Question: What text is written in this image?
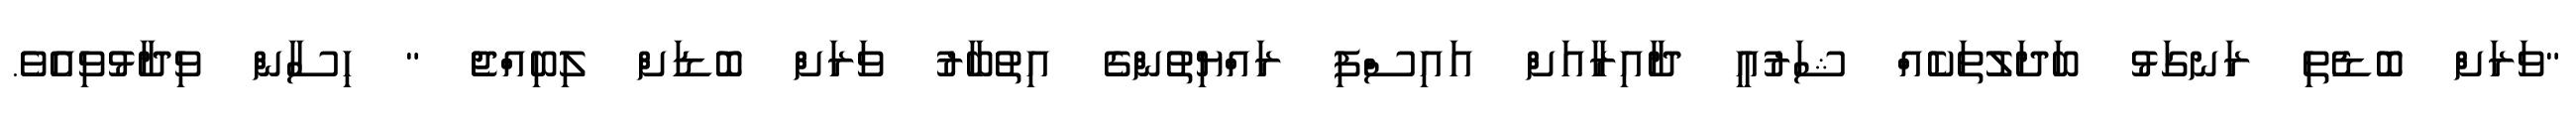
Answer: "ވަރަށް ބޮޑެތި ރަނގަޅު ބަދަލުތަކެއް ޝަރުއީ ދާއިރާއަށް އައިސްފި ރައްޔިތުންގެ އިތުބާރު ވަރަށް ބޮޑަށް ލިބިއްޖެ " ހިސާން ވިދާޅުވިއެވެ.